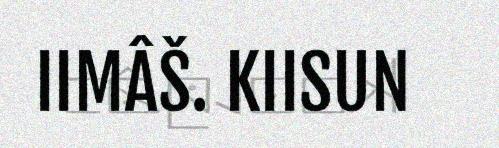
IIMÂŠ. KIISUN